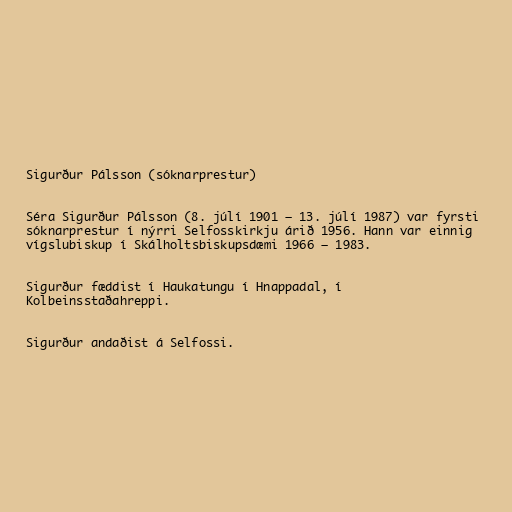
Sigurður Pálsson (sóknarprestur)

Séra Sigurður Pálsson (8. júlí 1901 – 13. júlí 1987) var fyrsti
sóknarprestur í nýrri Selfosskirkju árið 1956. Hann var einnig
vígslubiskup í Skálholtsbiskupsdæmi 1966 – 1983.

Sigurður fæddist í Haukatungu í Hnappadal, í
Kolbeinsstaðahreppi.

Sigurður andaðist á Selfossi.